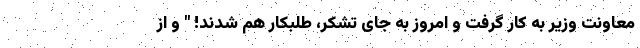
معاونت وزیر به کار گرفت و امروز به جای تشکر، طلبکار هم شدند! " و از